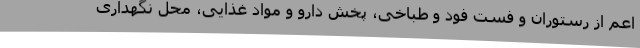
اعم از رستوران و فست فود و طباخی، پخش دارو و مواد غذایی،‌ محل نگهداری